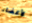
لأعضاء